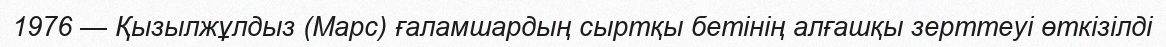
1976 — Қызылжұлдыз (Марс) ғаламшардың сыртқы бетінің алғашқы зерттеуi өткiзiлді